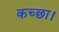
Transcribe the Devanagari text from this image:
कच्छा।